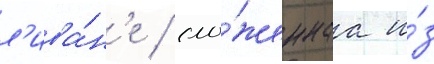
л'ива́н'е / сло́женнаа и́з